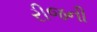
રીજની